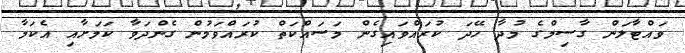
ވައްޓާލަން ގާސިމްގެ މުދާ ހޭދަ ކުރައްވައިގެން މަސައްކަތް ކުރައްވަމުން ގެންދަވާ ކަމަށާއި އެކަމާ